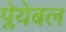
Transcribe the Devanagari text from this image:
प्लेयेबल